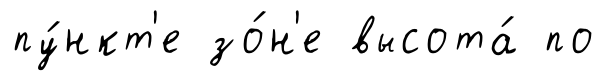
пу́нкт'е зо́н'е высота́ по